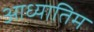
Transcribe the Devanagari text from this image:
आध्यातिम